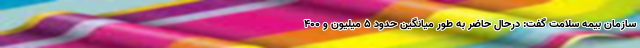
سازمان بیمه سلامت گفت: درحال حاضر به طور میانگین حدود ۵ میلیون و ۴۰۰